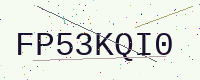
Text: FP53KQI0